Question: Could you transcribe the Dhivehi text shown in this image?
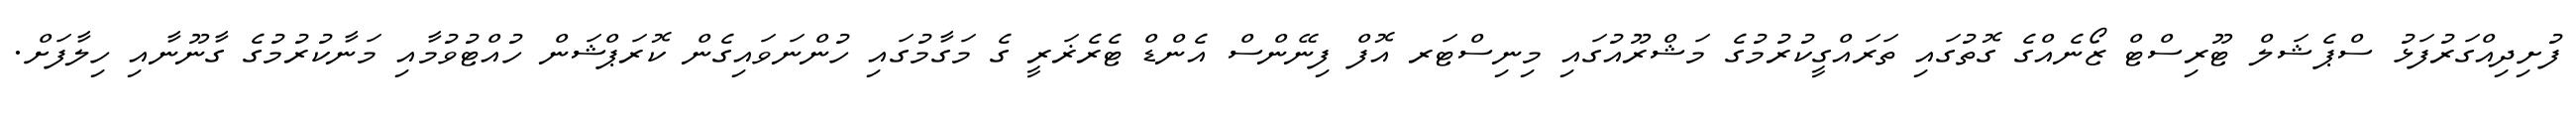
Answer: ފުށިދިއްގަރުފަޅު ސްޕެޝަލް ޓޫރިސްޓް ޒޯނެއްގެ ގޮތުގައި ތަރައްގީކުރުމުގެ މަޝްރޫއުގައި މިނިސްޓަރ އޮފް ފިނޭންސް އެންޑް ޓެރެޜަރީ ގެ މަގާމުގައި ހުންނަވައިގެން ކޮރަޕްޝަން ހުއްޓުވުމާއި މަނާކުރުމުގެ ގާނޫނާއި ހިލާފަށް.